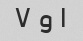
۱ و ۷